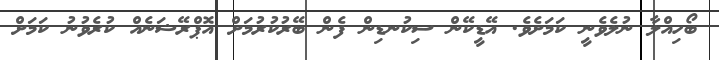
ބޯހިއްލާ ނުލެވެނީ ކަމަށެވެ. އޭޑީކޭން ސިކުނޑިން ފެން ބޭރުކުރުމަށް އޮޕްރޭޝަނެއް ކުރެވުނު ކަމަށް